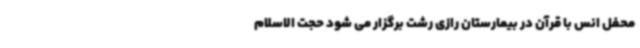
محفل انس با قرآن در بیمارستان رازی رشت برگزار می شود حجت الاسلام